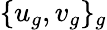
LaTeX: \{ u_{g},v_{g}\} _{g}